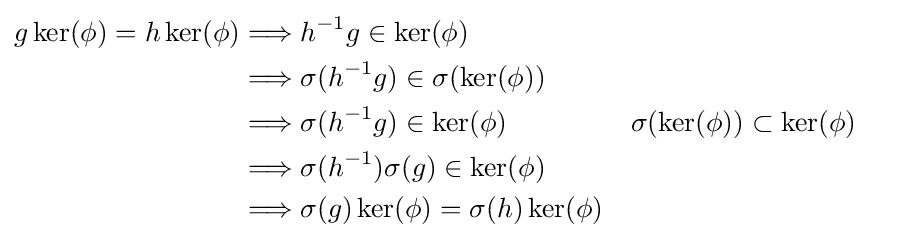
{\begin{aligned}g\ker(\phi )=h\ker(\phi )&\Longrightarrow h^{-1}g\in \ker(\phi )\\&\Longrightarrow \sigma (h^{-1}g)\in \sigma (\ker(\phi ))\\&\Longrightarrow \sigma (h^{-1}g)\in \ker(\phi )&&\sigma (\ker(\phi ))\subset \ker(\phi )\\&\Longrightarrow \sigma (h^{-1})\sigma (g)\in \ker(\phi )\\&\Longrightarrow \sigma (g)\ker(\phi )=\sigma (h)\ker(\phi )\end{aligned}}